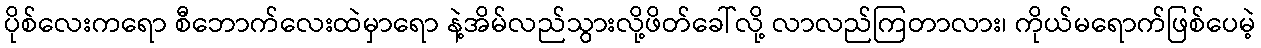
ပိုစ်လေးကရော စီဘောက်လေးထဲမှာရော နဲ့အိမ်လည်သွားလို့ဖိတ်ခေါ်လို့ လာလည်ကြတာလား၊ ကိုယ်မရောက်ဖြစ်ပေမဲ့